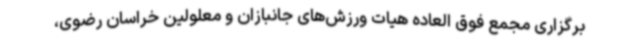
برگزاری مجمع فوق العاده هیات ورزش‌های جانبازان و معلولین خراسان رضوی،